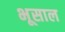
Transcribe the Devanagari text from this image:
भूसाल